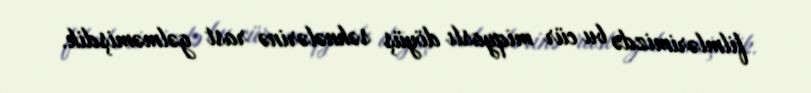
filmlərimizdə bu cür miqyaslı döyüş səhnələrinə rast gəlməmişdik.